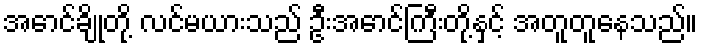
အောင်ချိုတို့ လင်မယားသည် ဦးအောင်ကြီးတို့နှင့် အတူတူနေသည်။